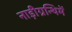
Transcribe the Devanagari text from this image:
नाड़ीग्रन्थिमें